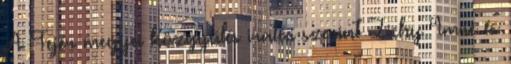
A Fejér megyei közgyűlés iratai szerint Zichy Imre és